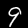
Label: 9